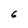
Character: 6